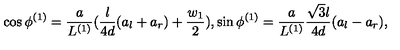
\cos \phi ^ { ( 1 ) } = \frac { a } { L ^ { ( 1 ) } } ( \frac { l } { 4 d } ( a _ { l } + a _ { r } ) + \frac { w _ { 1 } } { 2 } ) , \sin \phi ^ { ( 1 ) } = \frac { a } { L ^ { ( 1 ) } } \frac { \sqrt { 3 } l } { 4 d } ( a _ { l } - a _ { r } ) ,